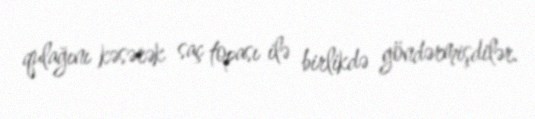
qulağını kəsərək saç topası ilə birlikdə göndərmişdilər.